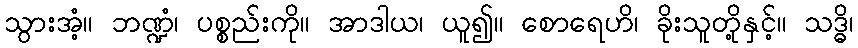
သွားအံ့။ ဘဏ္ဍံ၊ ပစ္စည်းကို။ အာဒါယ၊ ယူ၍။ စောရေဟိ၊ ခိုးသူတို့နှင့်။ သဒ္ဓိ၊